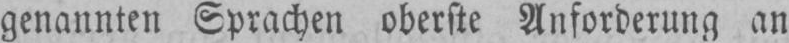
genannten Sprachen oberste Anforderung an